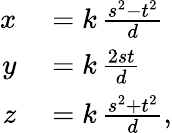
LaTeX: \begin{array}{rl}{x}&{{}=k\, {\frac{s^{2}-t^{2}}{d}}}\\ {y}&{{}=k\, {\frac{2st}{d}}}\\ {z}&{{}=k\, {\frac{s^{2}+t^{2}}{d}},}\end{array}